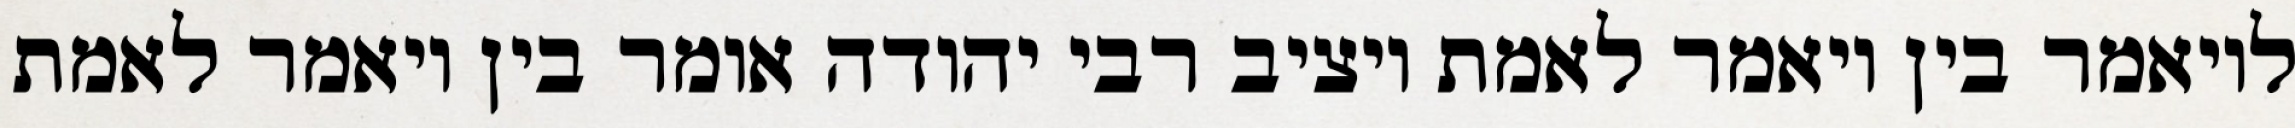
לויאמר בין ויאמר לאמת ויציב רבי יהודה אומר בין ויאמר לאמת